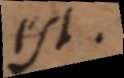
est.